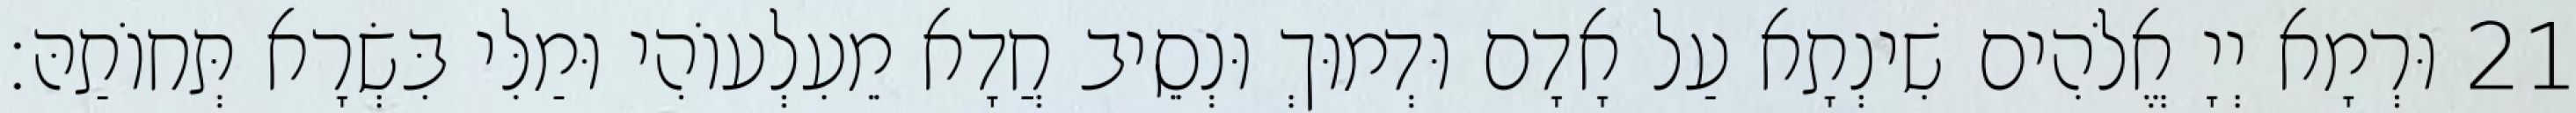
21 וּרְמָא יְיָ אֱלֹהִים שִׁינְתָא עַל אָדָם וּדְמוּךְ וּנְסֵיב חֲדָא מֵעִלְעוֹהִי וּמַלִּי בִּשְׂרָא תְּחוֹתַהּ׃